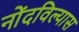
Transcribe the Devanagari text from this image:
नोंदविल्यास